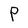
Character: P